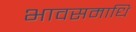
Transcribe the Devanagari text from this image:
भावसमाधि